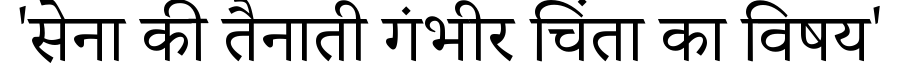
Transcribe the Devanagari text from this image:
'सेना की तैनाती गंभीर चिंता का विषय'